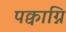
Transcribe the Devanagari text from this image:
पक्वाग्नि